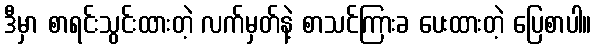
ဒီမှာ စာရင်းသွင်းထားတဲ့ လက်မှတ်နဲ့ စာသင်ကြားခ ပေးထားတဲ့ ပြေစာပါ။